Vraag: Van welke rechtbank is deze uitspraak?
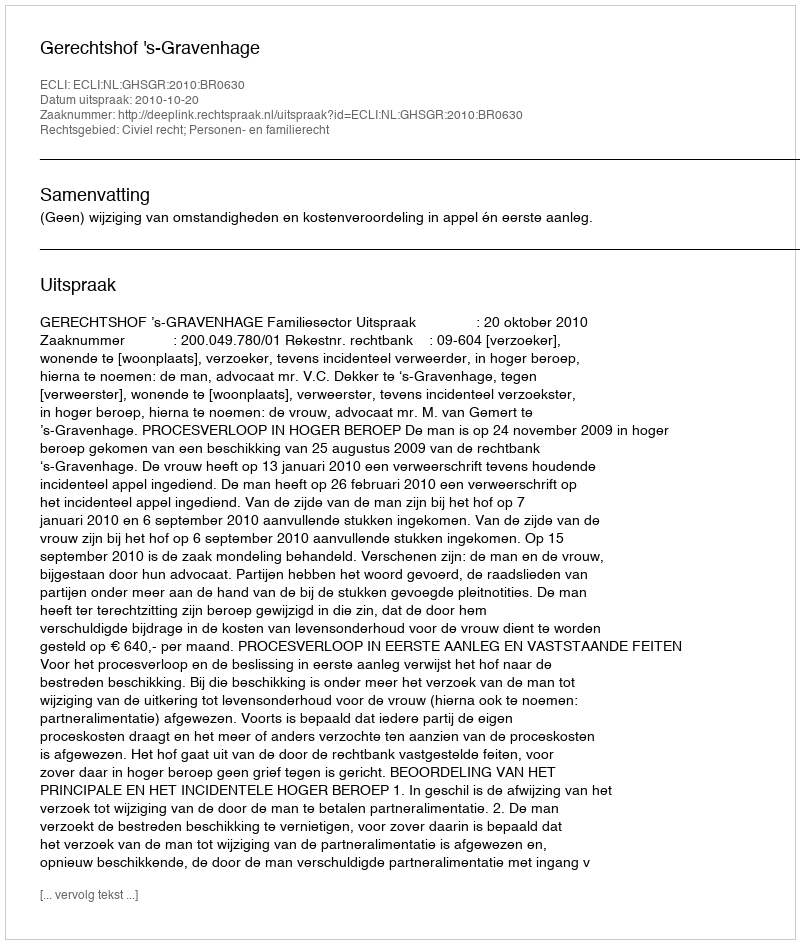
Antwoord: Gerechtshof 's-Gravenhage